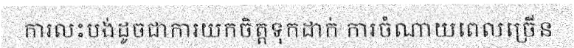
ការលះបង់ដូចជាការយកចិត្តទុកដាក់ ការចំណាយពេលច្រើន